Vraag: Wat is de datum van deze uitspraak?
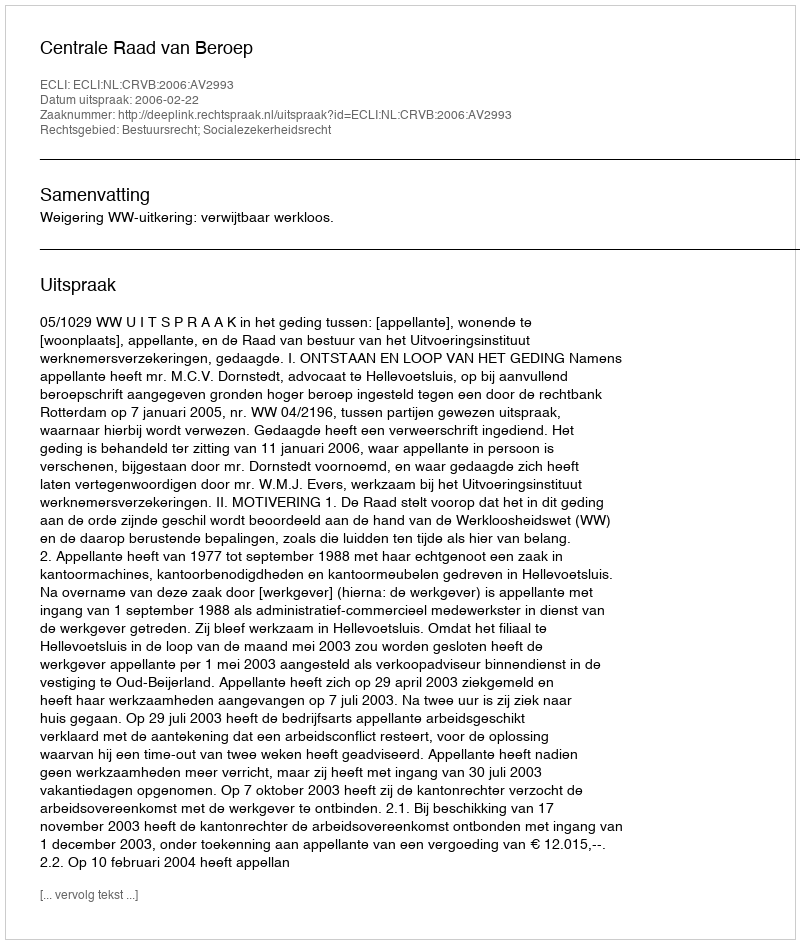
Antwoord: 2006-02-22